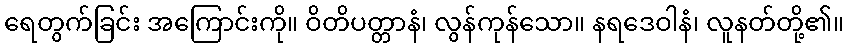
ရေတွက်ခြင်း အကြောင်းကို။ ဝိတိပတ္တာနံ၊ လွန်ကုန်သော။ နရဒေဝါနံ၊ လူနတ်တို့၏။